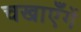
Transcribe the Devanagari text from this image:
चखाएँगें